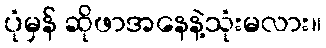
ပုံမှန် ဆိုဖာအနေနဲ့သုံးမလား။